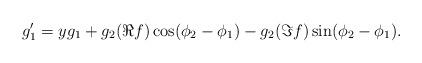
LaTeX: \begin{align*} g_1' = y g_1 + g_2 (\Re f) \cos (\phi_2 - \phi_1) - g_2(\Im f) \sin (\phi_2 - \phi_1).\end{align*}